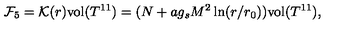
{ \cal F } _ { 5 } = { \cal K } ( r ) \mathrm { v o l } ( T ^ { 1 1 } ) = ( N + a g _ { s } M ^ { 2 } \ln ( r / r _ { 0 } ) ) \mathrm { v o l } ( T ^ { 1 1 } ) ,